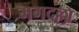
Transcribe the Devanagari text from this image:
मगदल्ला